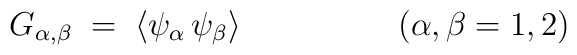
G_{\alpha,\beta} \;=\; \langle \psi_\alpha\,\psi_\beta \rangle\hspace{2cm}(\alpha,\beta=1,2)